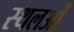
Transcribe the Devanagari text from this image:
स्थलओं